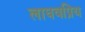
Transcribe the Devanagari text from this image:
लाघवप्रिय